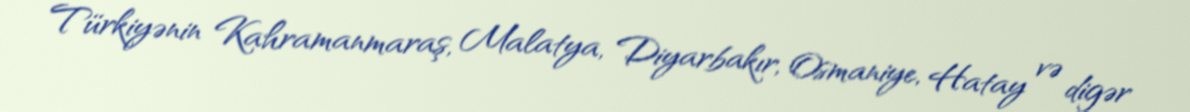
Türkiyənin Kahramanmaraş, Malatya, Diyarbakır, Osmaniye, Hatay və digər